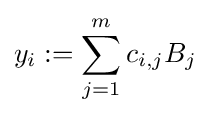
y_{i}:=\sum _{j=1}^{m}c_{i,j}B_{j}